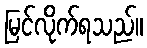
မြင်လိုက်ရသည်။